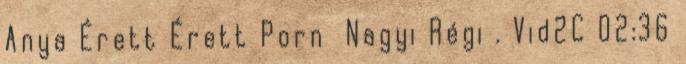
Anya Érett Érett Porn Nagyi Régi . Vid2C 02:36